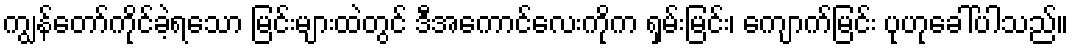
ကျွန်တော်ကိုင်ခဲ့ရသော မြင်းများထဲတွင် ဒီအကောင်လေးကိုက ရှမ်းမြင်း၊ ကျောက်မြင်း ပုဟုခေါ်ပါသည်။